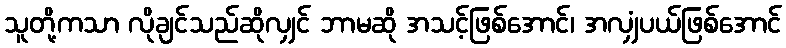
သူတို့ကသာ လိုချင်သည်ဆိုလျှင် ဘာမဆို အသင့်ဖြစ်အောင်၊ အလျှံပယ်ဖြစ်အောင်